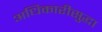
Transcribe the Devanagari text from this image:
अधिकारीसुद्धा